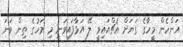
އަންހެން މީހާގެ ގަޔަށް އެޗްއައިވީ ލޭ އަޅާފައިވަނީ މި މަހުގެ ތިން ވަނަ